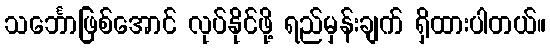
သင်္ဘောဖြစ်အောင် လုပ်နိုင်ဖို့ ရည်မှန်းချက် ရှိထားပါတယ်။